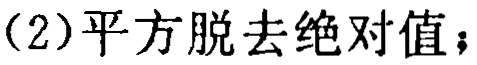
（2）平方脱去绝对值；